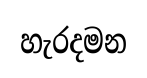
හැරදමන